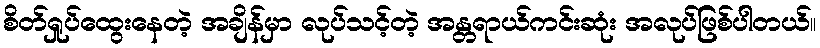
စိတ်ရှုပ်ထွေးနေတဲ့ အချိန်မှာ လုပ်သင့်တဲ့ အန္တရာယ်ကင်းဆုံး အလုပ်ဖြစ်ပါတယ်။